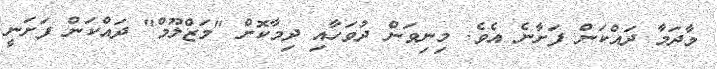
މާދަމާ ދައްކަން ފަށާނެ އެވެ. މިނިވަން ދުވަހާއި ދިމާކޮށް "މަޒްލޫމް" ދައްކަން ފަށަނީ